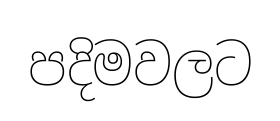
පදිමවලට